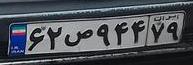
۶۲ص۹۴۴۷۹